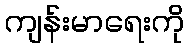
ကျန်းမာရေးကို